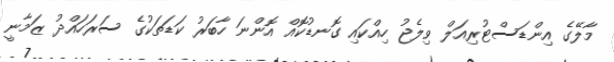
މާލޭގެ އިންޑަސްޓުރިއަލް ވިލެޖު ހިއްކައި ގޮނޑުކޮއް އޮންނަ ހާބަރު ކަޑަތަކުގެ ސަރަހައްދު ޒަމާނީ